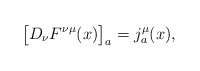
\begin{align*}\bigl[D_{\nu}F^{\nu\mu}(x)\bigr]_a=j_a^{\mu}(x),\end{align*}